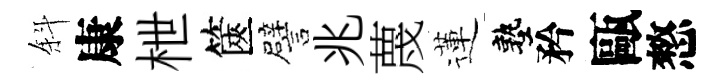
斜康枻篋譬兆蔑蓮塾矜甌憗